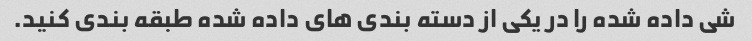
شی داده شده را در یکی از دسته بندی های داده شده طبقه بندی کنید.